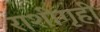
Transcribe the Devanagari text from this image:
राशीगृही